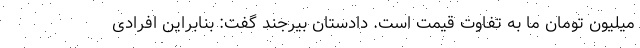
میلیون تومان ما به تفاوت قیمت است. دادستان بیرجند گفت: بنابراین افرادی